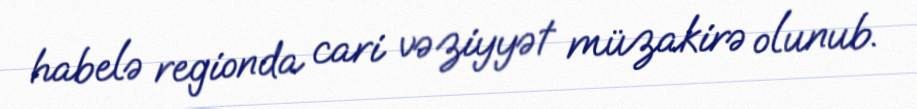
habelə regionda cari vəziyyət müzakirə olunub.